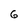
Character: 6